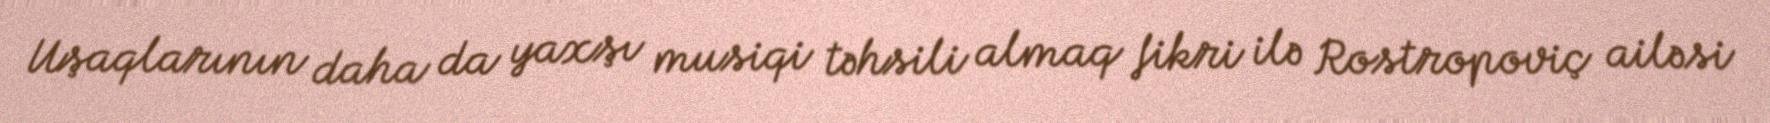
Uşaqlarının daha da yaxşı musiqi təhsili almaq fikri ilə Rostropoviç ailəsi